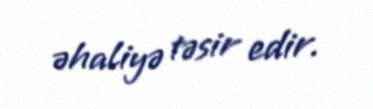
əhaliyə təsir edir.